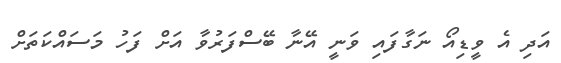
އަދި އެ ވީޑިއޯ ނަގާފައި ވަނީ އޭނާ ބޭސްފަރުވާ އަށް ފަހު މަސައްކަތަށް